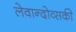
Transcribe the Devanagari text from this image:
लेवान्दोव्सकी